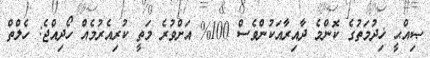
ޞިއްޙީ ޚިދުމަތުގެ ކޮންމެ ދާއިރާއަކުންވެސް 100% އަށްވުރެ މަތީ ކުރިއެރުމެއް ހޯދިއްޖެ: ހެލްތް